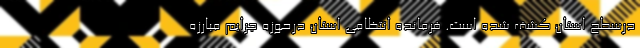
درسطح استان کشف شده است. فرمانده انتظامی استان درحوزه جرایم مبارزه